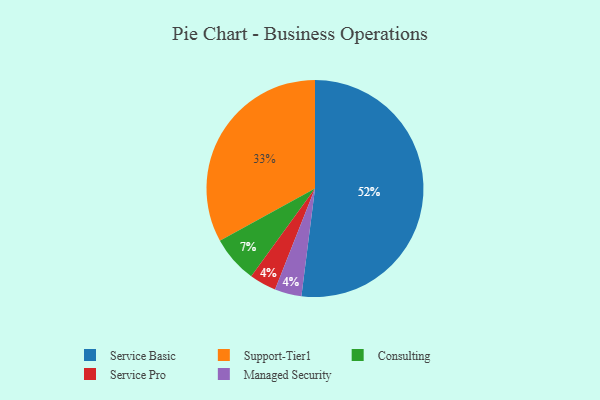
{"axis": {"x": "Category", "y": "Percentage"}, "legend": ["Consulting", "Managed Security", "Service Basic", "Service Pro", "Support-Tier1"], "data": [{"x": "Support-Tier1", "y": 33, "type": "Support-Tier1"}, {"x": "Service Pro", "y": 4, "type": "Service Pro"}, {"x": "Service Basic", "y": 52, "type": "Service Basic"}, {"x": "Consulting", "y": 7, "type": "Consulting"}, {"x": "Managed Security", "y": 4, "type": "Managed Security"}]}